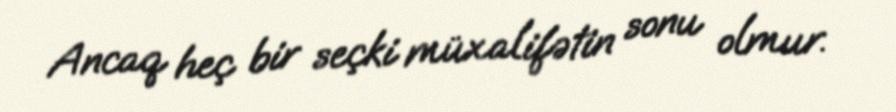
Ancaq heç bir seçki müxalifətin sonu olmur.